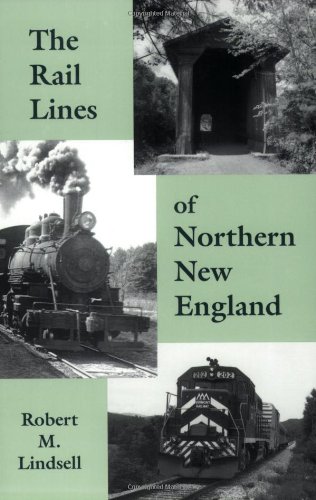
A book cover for The Rail Lines of Northern New England : A Handbook of Railroad History (New England Rail Heritage Series); Robert M. Lindsell; Engineering & Transportation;